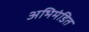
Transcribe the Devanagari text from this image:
अभिमंडित